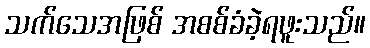
သက်သေအဖြစ် အစစ်ခံခဲ့ရဖူးသည်။